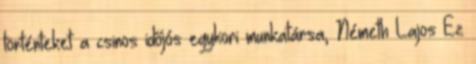
tör­tén­te­ket a csi­nos idő­jós egy­kori mun­ka­társa, Né­meth Lajos Ez